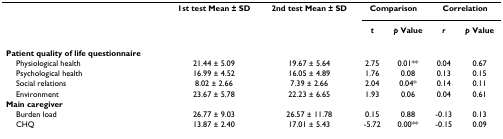
|  | 1st test Mean ± SD | 2nd test Mean ± SD | <COLSPAN=2> Comparison | <COLSPAN=2> Correlation |
 |  |  |  | t | p Value | r | p Value |
 | --- | --- | --- | --- | --- | --- | --- |
 | Patient quality of life questionnaire |  |  |  |  |  |  |
 | Physiological health | 21.44 ± 5.09 | 19.67 ± 5.64 | 2.75 | 0.01** | 0.04 | 0.67 |
 | Psychological health | 16.99 ± 4.52 | 16.05 ± 4.89 | 1.76 | 0.08 | 0.13 | 0.15 |
 | Social relations | 8.02 ± 2.66 | 7.39 ± 2.66 | 2.04 | 0.04* | 0.14 | 0.11 |
 | Environment | 23.67 ± 5.78 | 22.23 ± 6.65 | 1.93 | 0.06 | 0.04 | 0.61 |
 | Main caregiver |  |  |  |  |  |  |
 | Burden load | 26.77 ± 9.03 | 26.57 ± 11.78 | 0.15 | 0.88 | -0.13 | 0.13 |
 | CHQ | 13.87 ± 2.40 | 17.01 ± 5.43 | -5.72 | 0.00** | -0.15 | 0.09 |